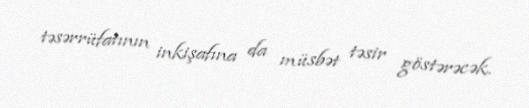
təsərrüfatının inkişafına da müsbət təsir göstərəcək.